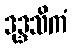
ဒုဒ္ဒသိကံ